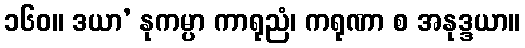
၁၆၀။ ဒယာ’ နုကမ္ပာ ကာရုညံ၊ ကရုဏာ စ အနုဒ္ဒယာ။